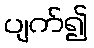
ပျက်၍